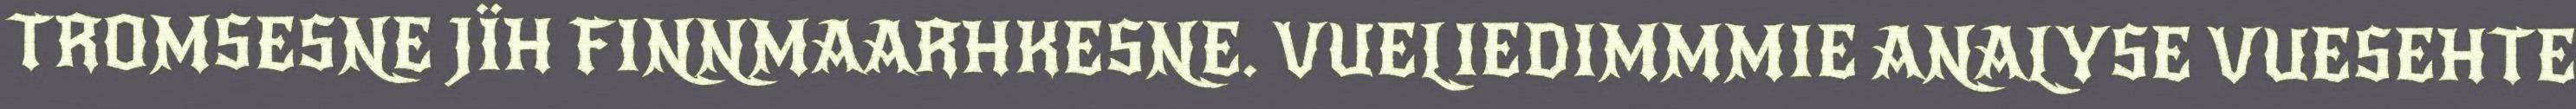
TROMSESNE JÏH FINNMAARHKESNE. VUELIEDIMMMIE ANALYSE VUESEHTE